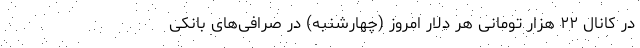
در کانال ۲۲ هزار تومانی هر دلار امروز (چهارشنبه) در صرافی‌های بانکی